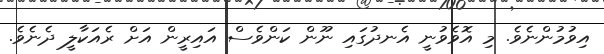
އިވުމުންނެވެ. މި އޮވެވުނީ އެނދުގައި ނޫން ކަންވެސް އައިރީން އަށް ރެއަކާލީ ދެނެވެ.